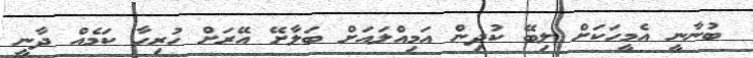
ބުނާނީ އެމީހަކަށް ލިބޭ ކުދިން އަމިއްލައަށް ބަލާށޭ އޭރަށް ހުރިހާ ކަމެއް ދާނީ